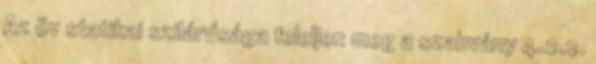
Az öv statikai szilárdsága feleljen meg a szabvány 4.2.2.